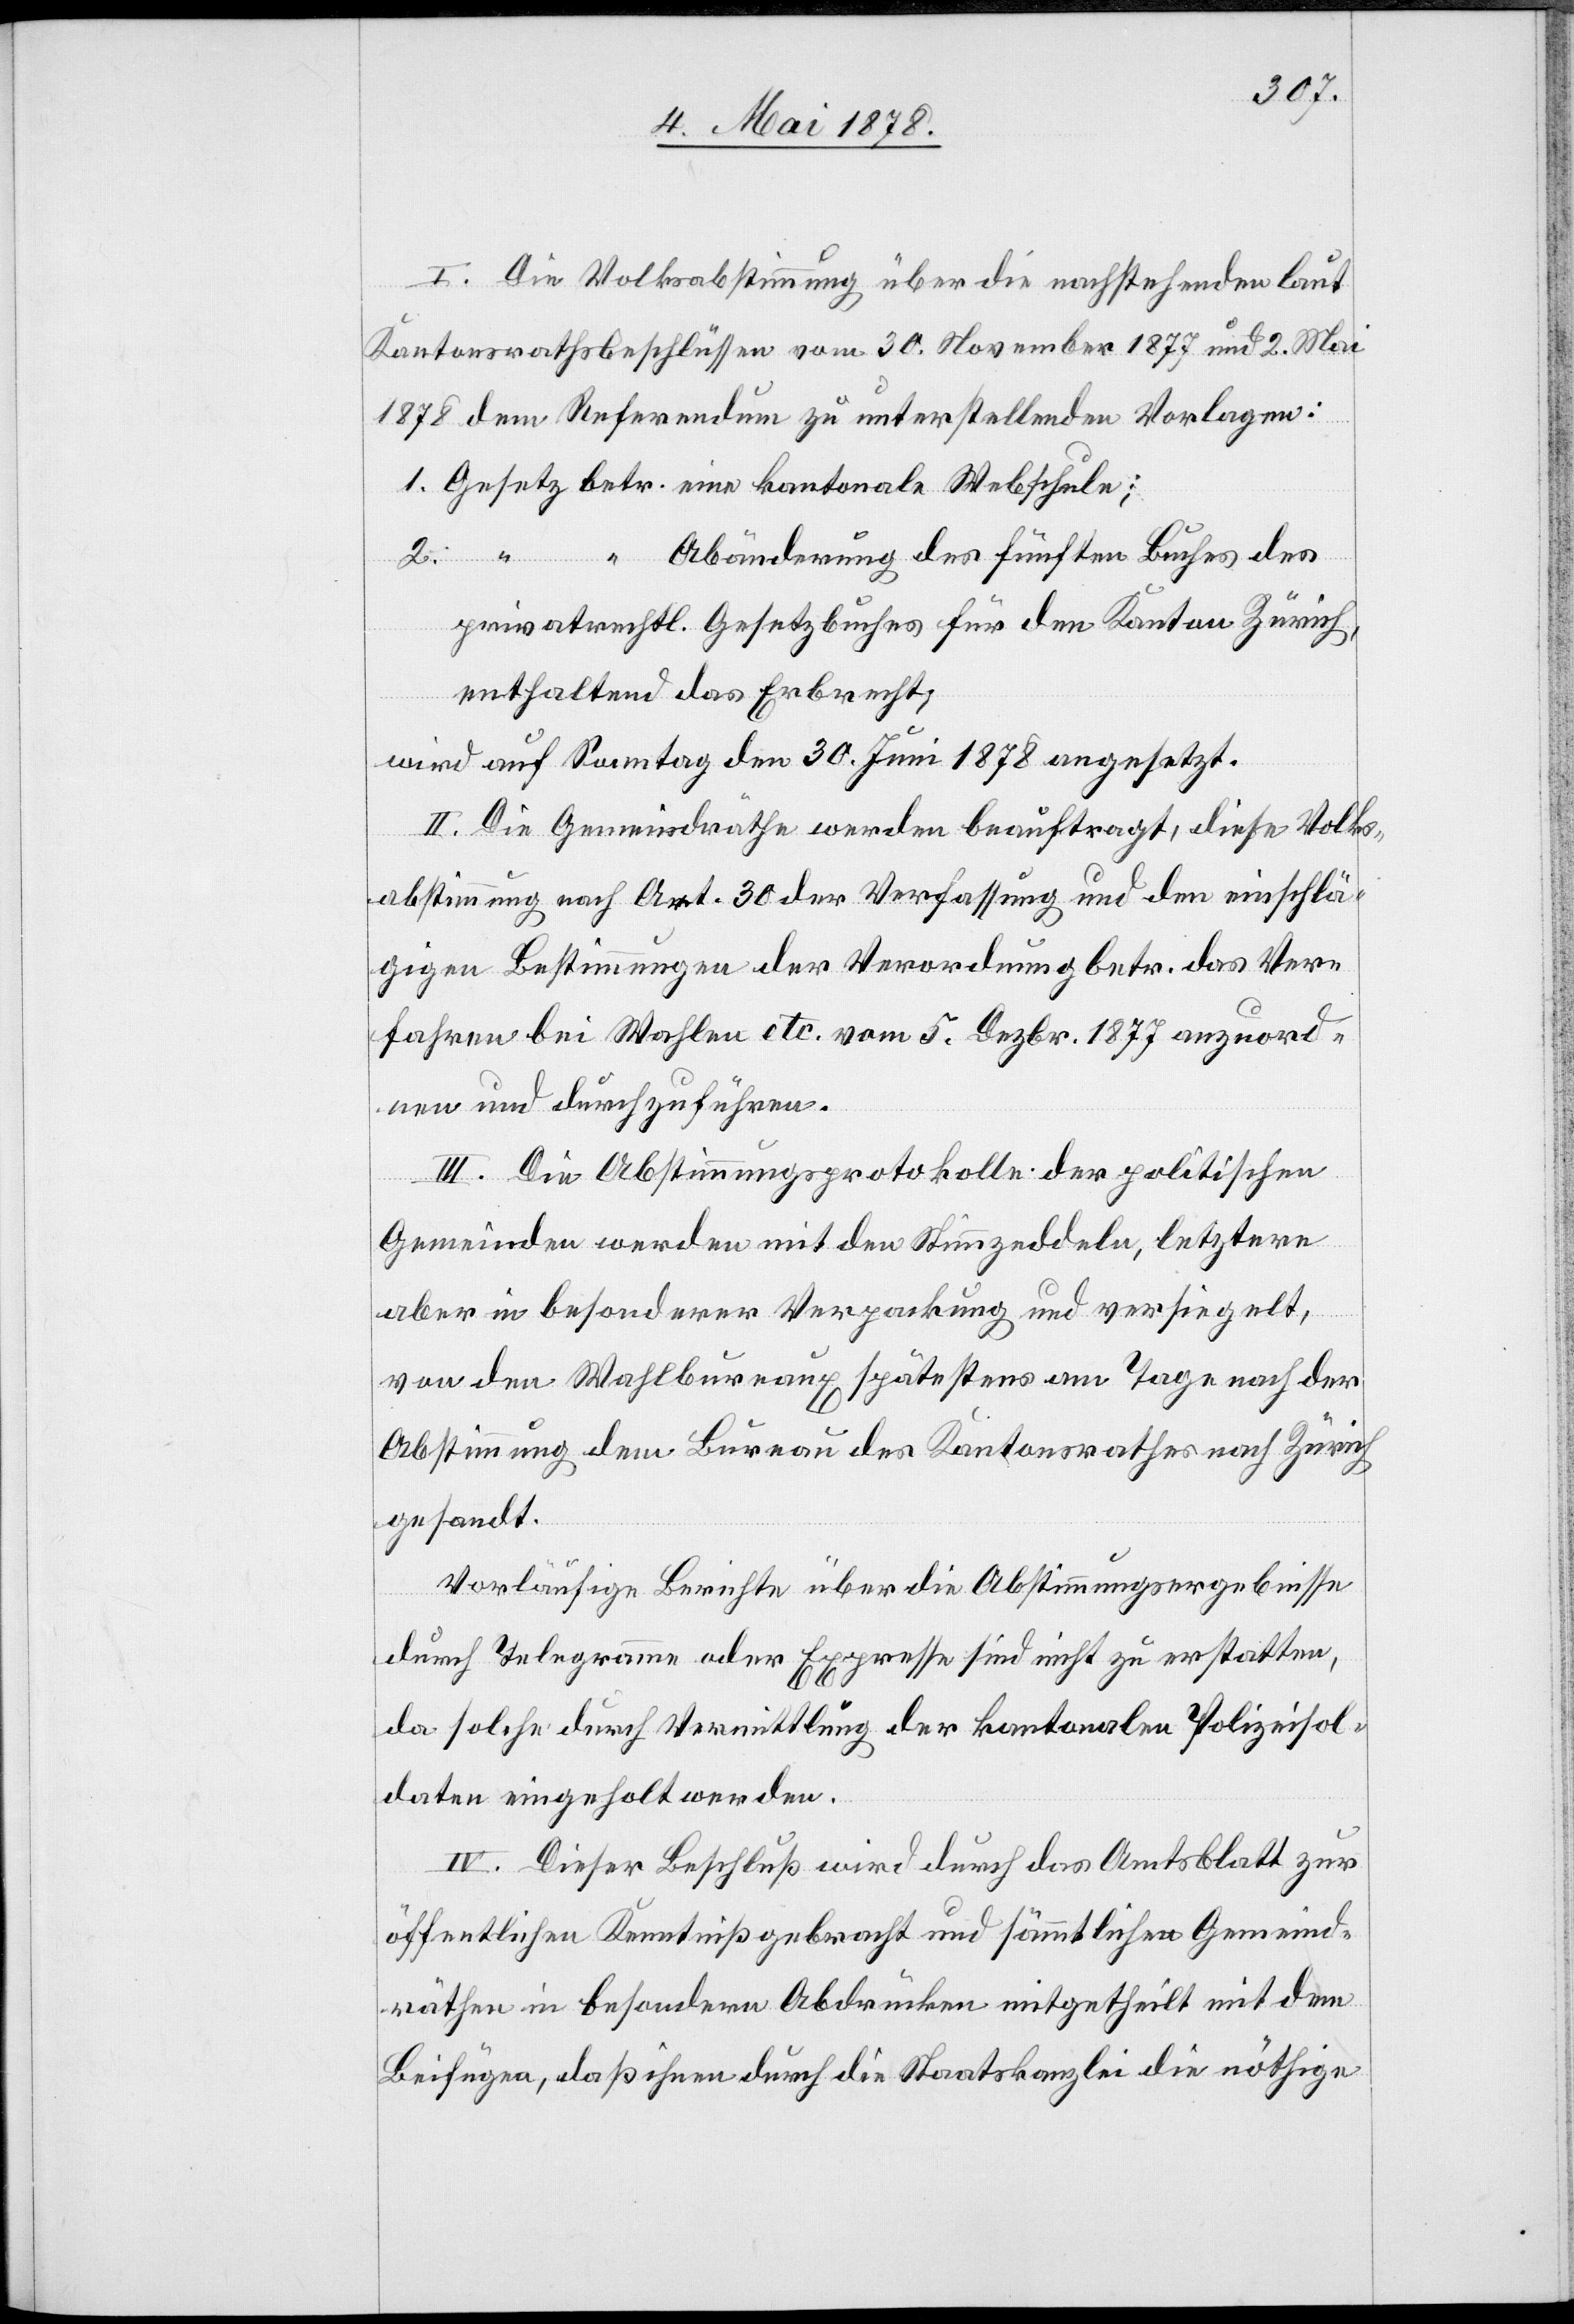
I. Die Volksabstimmung über die nachstehenden laut
Kantonsrathsbeschlüssen vom 30. November 1877 und 2. Mai
1878 dem Referendum zu unterstellenden Vorlagen:
1. Gesetz betr. eine kantonale Webschule;
2.
Abänderung des fünften Buches des
privatrechtl. Gesetzbuches für den Kanton Zürich,
enthaltend das Erbrecht;
wird auf Sonntag den 30. Juni 1878 angesetzt.
II. Die Gemeindräthe werden beauftragt, diese Volks¬
abstimmung nach Art. 30 der Verfassung und den einschlä¬
gigen Bestimmungen der Verordnung betr. das Ver¬
fahren bei Wahlen etc. vom 5. Dezbr. 1877 anzuord¬
nen und durchzuführen.
III. Die Abstimmungsprotokolle der politischen
Gemeinden werden mit den Stimmzeddeln, letztern
aber in besonderer Verpackung und versiegelt,
von den Wahlbureaux spätestens am Tage nach der
Abstimmung dem Bureau des Kantonsrathes nach Zürich
gesandt.
Vorläufige Berichte über die Abstimmungsergebnisse
durch Telegramm oder Expresse sind nicht zu erstatten,
da solche durch Vermittlung der kantonalen Polizeisol¬
daten eingeholt werden.
IV. Dieser Beschluß wird durch das Amtsblatt zur
öffentlichen Kenntniß gebracht und sämmtlichen Gemeind¬
räthen in besondern Abdrücken mitgetheilt mit dem
Beifügen, daß ihnen durch die Staatskanzlei die nöthige